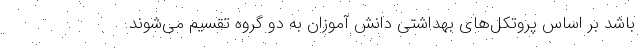
باشد بر اساس پروتکل‌های بهداشتی دانش آموزان به دو گروه تقسیم می‌شوند.